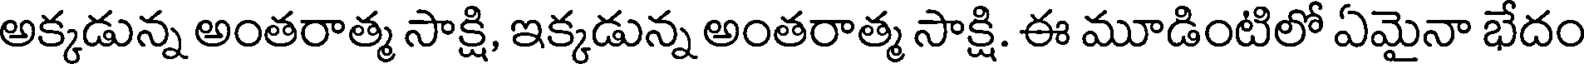
అక్కడున్న అంతరాత్మ సాక్షి, ఇక్కడున్న అంతరాత్మ సాక్షి. ఈ మూడింటిలో ఏమైనా భేదం